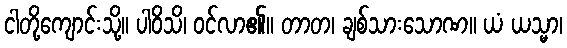
ငါတို့ကျောင်းသို့။ ပါဝိသိ၊ ဝင်လာ၏။ တာတ၊ ချစ်သားသောဏ။ ယံ ယသ္မာ၊